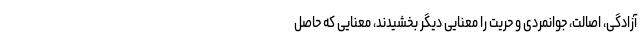
آزادگی، اصالت، جوانمردی و حریت را معنایی دیگر بخشیدند، معنایی که حاصل